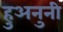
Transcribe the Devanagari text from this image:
हुअनुनी